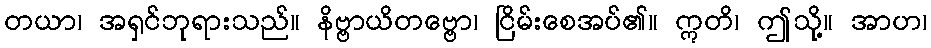
တယာ၊ အရှင်ဘုရားသည်။ နိဗ္ဗာယိတဗ္ဗော၊ ငြိမ်းစေအပ်၏။ ဣတိ၊ ဤသို့။ အာဟ၊